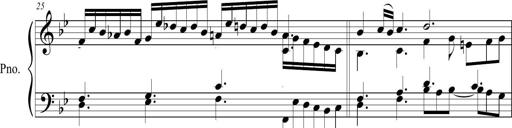
Title: Queen Quenila
Composer: Michel Rondeau
Key: B-flat major